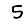
Digit: 5